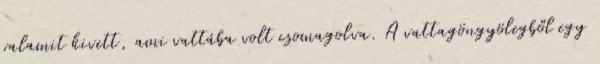
valamit kivett, ami vattába volt csomagolva. A vattagöngyölegből egy